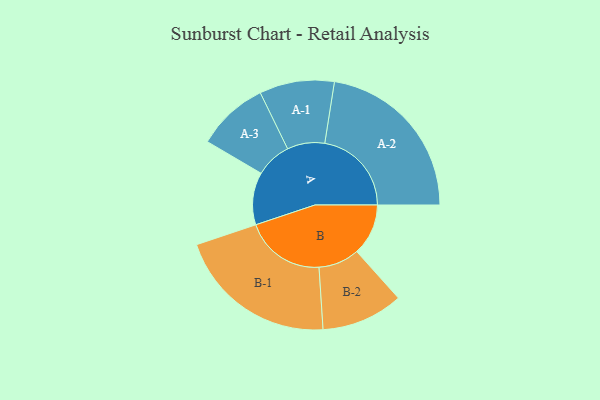
{"axis": {"x": "Segment", "y": "Value"}, "legend": ["", "A", "B"], "data": [{"x": "A", "y": 168, "type": ""}, {"x": "B", "y": 165, "type": ""}, {"x": "A-1", "y": 120, "type": "A"}, {"x": "A-2", "y": 278, "type": "A"}, {"x": "A-3", "y": 115, "type": "A"}, {"x": "B-1", "y": 258, "type": "B"}, {"x": "B-2", "y": 131, "type": "B"}]}